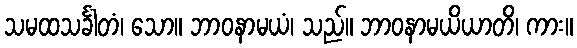
သမထသင်္ခါတံ၊ သော။ ဘာဝနာမယံ၊ သည်။ ဘာဝနာမယိယာတိ၊ ကား။